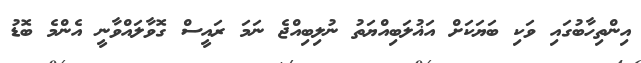
އިންތިހާބުގައި ވަކި ބަޔަކަށް އަޣުލަބިއްޔަތު ނުލިބިއްޖެ ނަމަ ރައީސް ގޮވާލައްވާނީ އެންމެ ބޮޑު